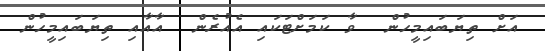
އަށް ތިޔަބައިމީހުން  ވާ ކަމަށްޓަކައި އެއުރެން  އާއާއި ތިޔަބައިމީހުން